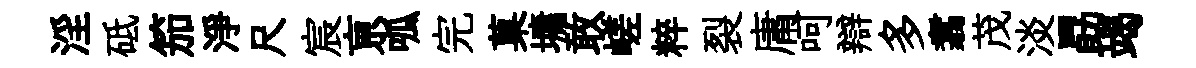
淫砥笳淨尺宸亰呱完菓墉敢嵯粹裂庸呵辯多翥茂淡勗竭